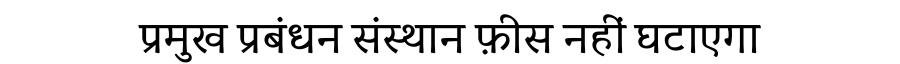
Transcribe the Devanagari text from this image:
प्रमुख प्रबंधन संस्थान फ़ीस नहीं घटाएगा